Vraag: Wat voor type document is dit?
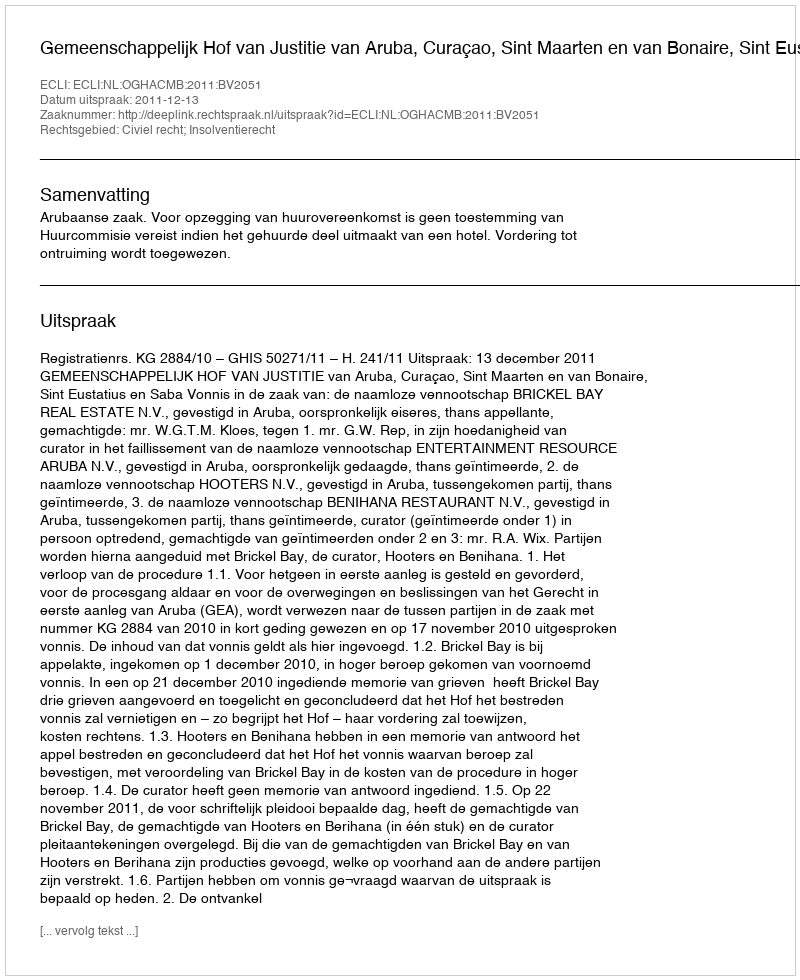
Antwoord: Uitspraak